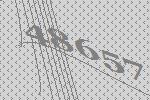
48657